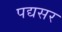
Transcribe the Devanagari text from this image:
पद्यसर